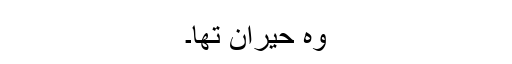
وہ حیران تھا۔